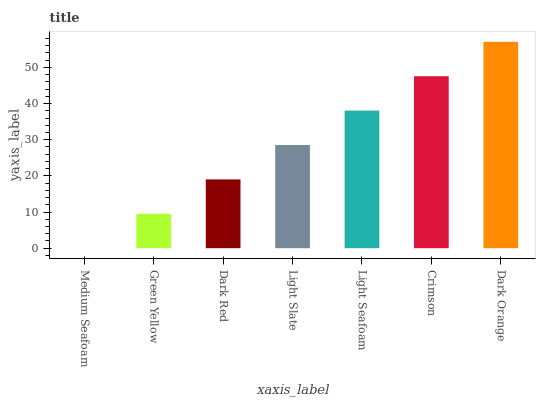
| xaxis_label | bars |
 | --- | --- |
 | Medium Seafoam | 0 |
 | Green Yellow | 9.51 |
 | Dark Red | 19 |
 | Light Slate | 28.5 |
 | Light Seafoam | 38.1 |
 | Crimson | 47.6 |
 | Dark Orange | 57.1 |